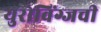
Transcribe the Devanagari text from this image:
युरोविंग्जची